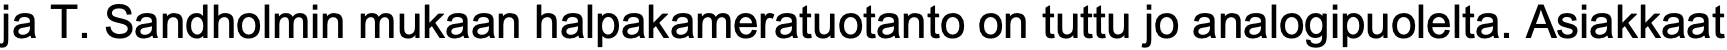
ja T. Sandholmin mukaan halpakameratuotanto on tuttu jo analogipuolelta. Asiakkaat